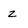
Character: z